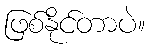
ဖြစ်နိုင်တာပဲ။